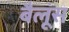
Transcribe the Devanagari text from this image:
बैलूंस